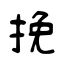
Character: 挽